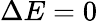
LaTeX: \Delta E=0